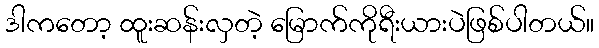
ဒါကတော့ ထူးဆန်းလှတဲ့ မြောက်ကိုရီးယားပဲဖြစ်ပါတယ်။